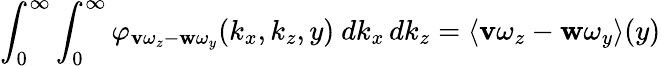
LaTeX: \int_{0}^{\infty}\int_{0}^{\infty}\varphi_{\mathbf{v}\omega_{z}-\mathbf{w}\omega_{y}}(k_{x},k_{z},y)\ dk_{x}\, dk_{z}=\langle{\mathbf{v}\omega_{z}}-{\mathbf{w}\omega_{y}}\rangle(y)